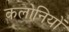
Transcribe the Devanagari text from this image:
कलोनियों